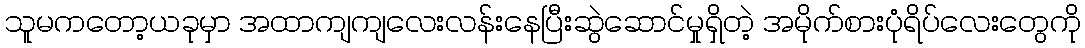
သူမကတော့ယခုမှာ အထာကျကျလေးလန်းနေပြီးဆွဲဆောင်မှုရှိတဲ့ အမိုက်စားပုံရိပ်လေးတွေကို